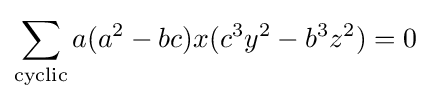
\sum _{\text{cyclic}}a(a^{2}-bc)x(c^{3}y^{2}-b^{3}z^{2})=0